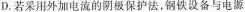
D.若采用外加电流的阴极保护法，钢铁设备与电源